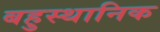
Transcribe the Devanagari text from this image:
बहुस्थानिक